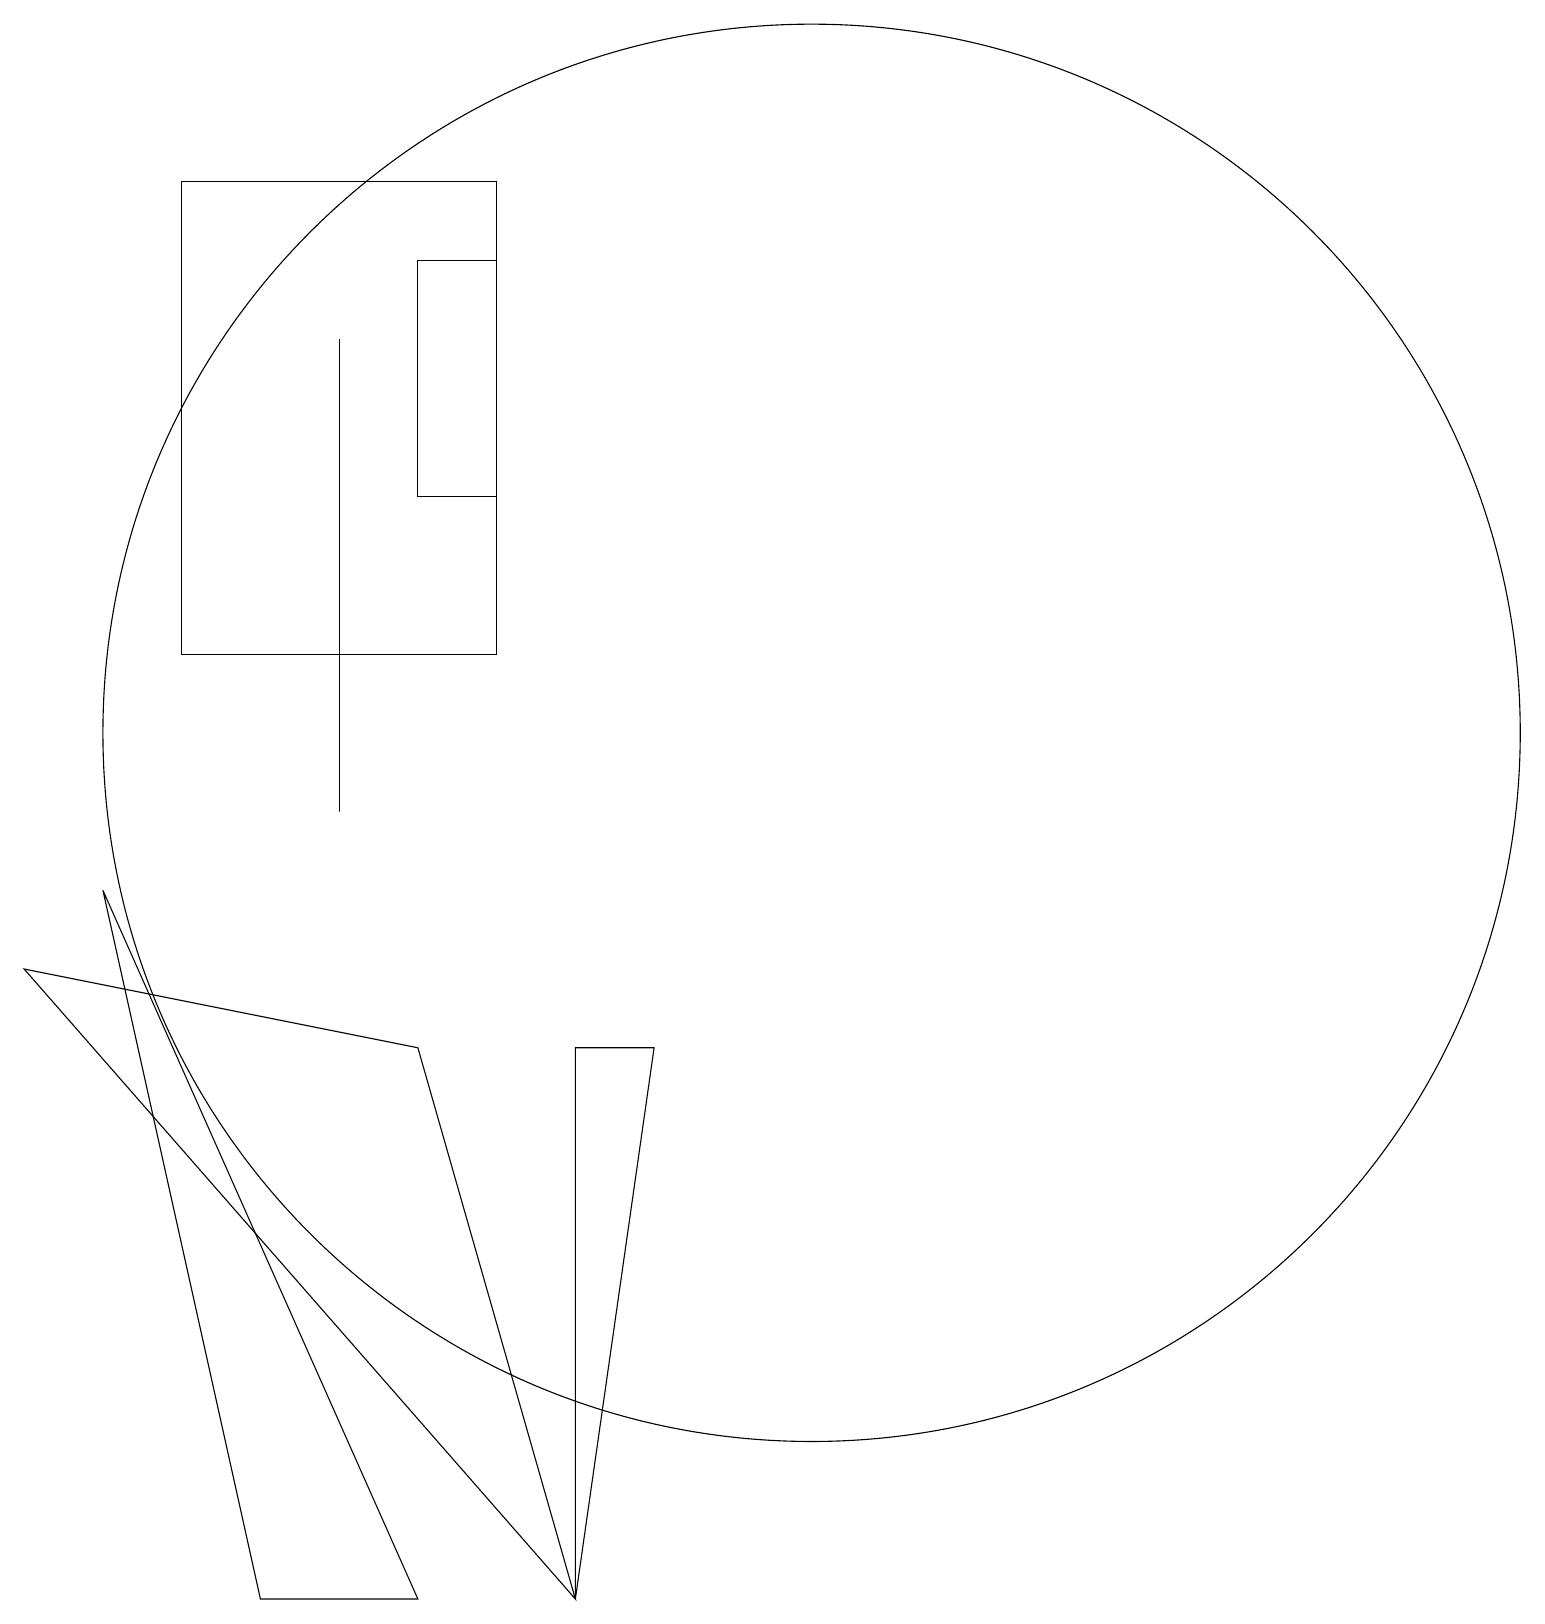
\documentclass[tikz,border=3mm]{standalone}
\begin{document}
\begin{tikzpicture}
\draw (6,0) -- (4,0) -- (2,9) -- cycle;
\draw (5,10) rectangle (5,16);
\draw (7,18) rectangle (3,12);
\draw (6,7) -- (1,8) -- (8,0) -- cycle;
\draw (6,14) rectangle (7,17);
\draw (11,11) circle (9);
\draw (8,0) -- (9,7) -- (8,7) -- cycle;
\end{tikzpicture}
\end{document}